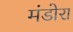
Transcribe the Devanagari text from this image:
मंडोरा